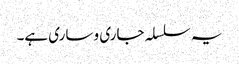
یہ سلسلہ جاری و ساری ہے۔